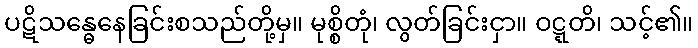
ပဋိသန္ဓေနေခြင်းစသည်တို့မှ။ မုစ္စိတုံ၊ လွတ်ခြင်းငှာ။ ဝဋ္ဋတိ၊ သင့်၏။